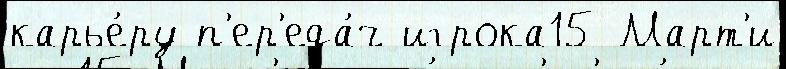
карье́ру п'ер'еда́ч игрока15 Март'и